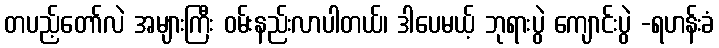
တပည့်တော်လဲ အများကြီး ဝမ်းနည်းလာပါတယ်၊ ဒါပေမယ့် ဘုရားပွဲ ကျောင်းပွဲ -ရဟန်းခံ